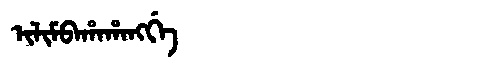
Manchu: ᡳᠯᡳᠮᠪᠠᡥᠠᡥᠠᠩᡤᡝ
Romanization: ILIMBAHAHANGGE